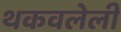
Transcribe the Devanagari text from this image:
थकवलेली